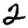
Digit: 2